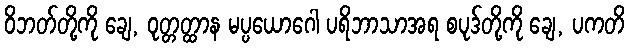
ဝိဘတ်တို့ကို ချေ, ဝုတ္တတ္ထာန မပ္ပယောဂေါ ပရိဘာသာအရ စပုဒ်တို့ကို ချေ, ပကတိ